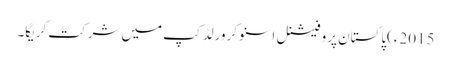
2015ء)پاکستان پروفیشنل اسنوکرورلڈکپ میں شرکت کریگا۔